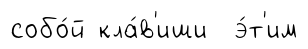
собо́й кла́в'иши э́т'им